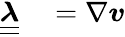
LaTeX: \begin{array}{rl}{\boldsymbol{\underline{{\underline{{\lambda}}}}}}&{{}=\nabla\boldsymbol{v}}\end{array}